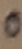
Text: 0